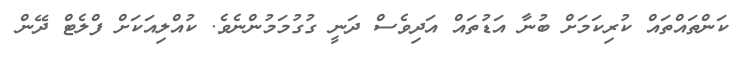
ކަންތައްތައް ކުރިކަމަށް ބުނާ އަޑުތައް އަދިވެސް ދަނީ ގުގުމަމުންނެވެ. ކުއްލިއަކަށް ފްލެޓް ދޭން